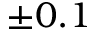
\pm 0 . 1